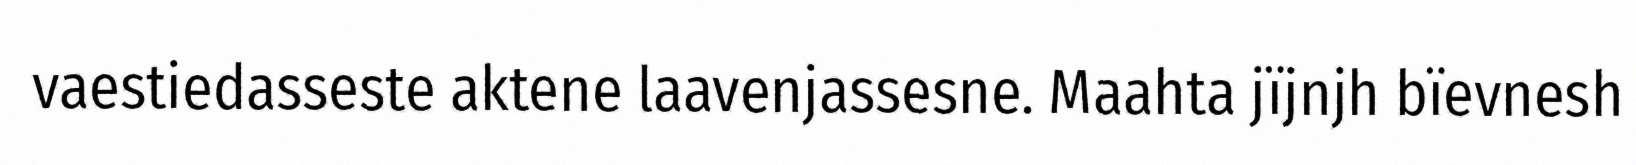
vaestiedasseste aktene laavenjassesne. Maahta jïjnjh bïevnesh